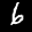
Label: 6